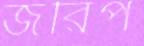
জরিপ